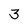
Character: 3